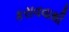
કરાવવાથી